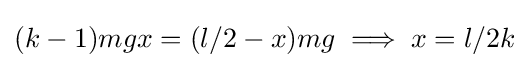
(k-1)mgx=(l/2-x)mg\implies x=l/2k